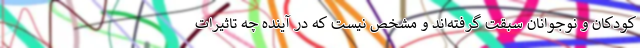
کودکان و نوجوانان سبقت گرفته‌اند و مشخص نیست که در آینده چه تاثیرات